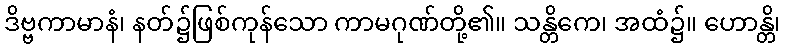
ဒိဗ္ဗကာမာနံ၊ နတ်၌ဖြစ်ကုန်သော ကာမဂုဏ်တို့၏။ သန္တိကေ၊ အထံ၌။ ဟောန္တိ၊